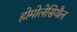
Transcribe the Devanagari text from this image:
होमोलेसिथैल